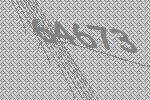
64673